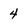
Character: 4